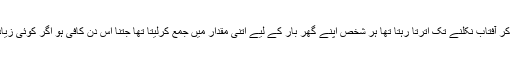
صبح صادق سے لے کر آفتاب نکلنے تک اترتا رہتا تھا ہر شخص اپنے گھر بار کے لیے اتنی مقدار میں جمع کرلیتا تھا جتنا اس دن کافی ہو اگر کوئی زیادہ لیتا تو بگڑ جاتا تھا۔